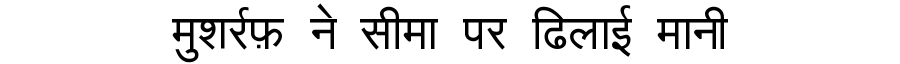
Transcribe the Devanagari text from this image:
मुशर्रफ़ ने सीमा पर ढिलाई मानी